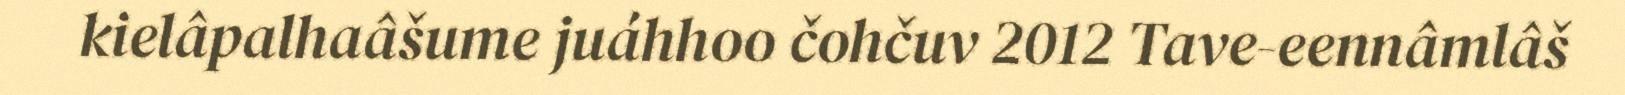
kielâpalhaâšume juáhhoo čohčuv 2012 Tave-eennâmlâš